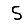
Digit: 5